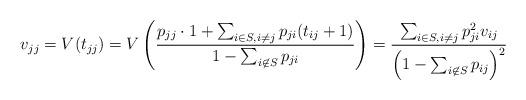
LaTeX: \begin{align*} v_{jj} = V(t_{jj} ) = V \left( \frac{ p_{jj} \cdot 1 + \sum_{i \in S, i \ne j} p_{ji} (t_{ij} + 1) } {1 - \sum_{i \not \in S} p_{ji}} \right) = \frac{ \sum_{i\in S, i \ne j} p_{ji}^2 v_{ij} }{\left( 1- \sum_{i \not \in S} p_{ij} \right) ^2 }\end{align*}